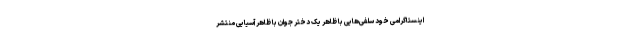
اینستاگرامی خود سلفی‌هایی با ظاهر یک دختر جوان با ظاهر آسیایی منتشر